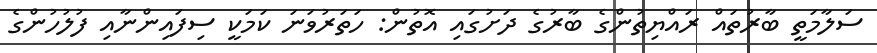
ސަލާމަތީ ބާރުތައް ރައްޔިތުންގެ ބާރުގެ ދަށުގައި އޮތުން: ހަތަރުވަނަ ކަމަކީ ސިފައިންނާއި ފުލުހުންގެ